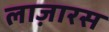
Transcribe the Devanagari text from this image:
लाज़ारस